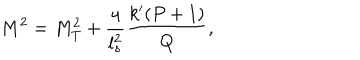
LaTeX: M ^ { 2 } = M _ { T } ^ { 2 } + \frac { 4 } { l _ { s } ^ { 2 } } \frac { k ^ { \prime } ( P + 1 ) } { Q } ,